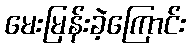
မေးမြန်းခဲ့ကြောင်း